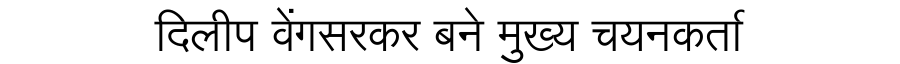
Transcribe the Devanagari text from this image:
दिलीप वेंगसरकर बने मुख्य चयनकर्ता